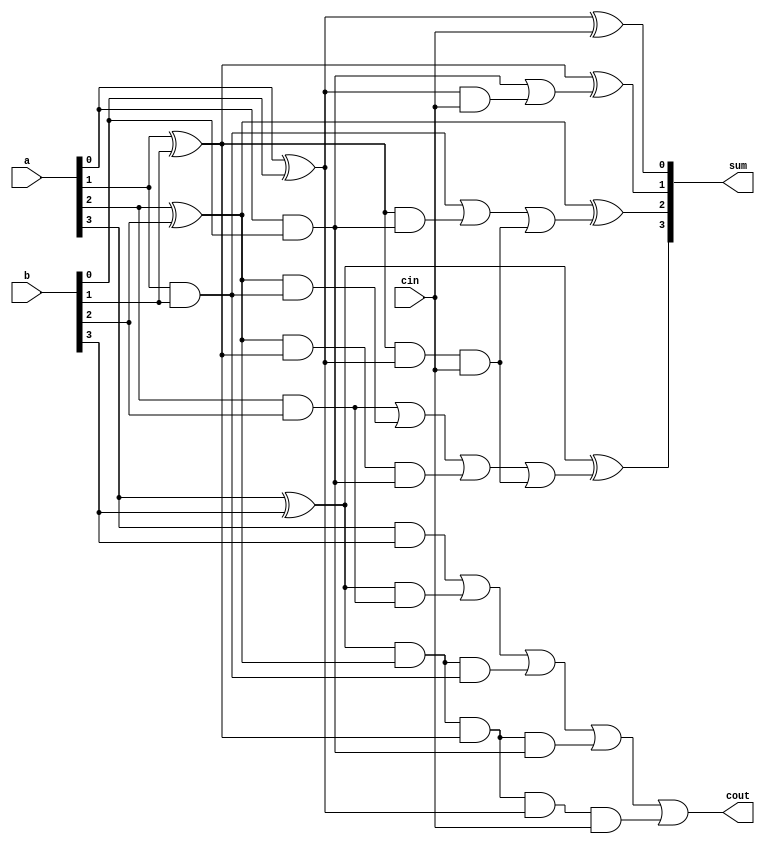
`timescale 1ns / 1ps
//////////////////////////////////////////////////////////////////////////////////
// Company: 
// Engineer: 
// 
// Design Name: 
// Module Name:    CLA_4-bit 
// Project Name: 
// Target Devices: 
// Tool versions: 
// Description: 
//
// Dependencies: 
//
// Revision: 
// Revision 0.01 - File Created
// Additional Comments: 
//
//////////////////////////////////////////////////////////////////////////////////
module CLA_Adder(a,b,cin,sum,cout);
	input[3:0] a,b;
	input cin;
	output [3:0] sum;
	output cout;
	wire p0,p1,p2,p3,g0,g1,g2,g3,c1,c2,c3,c4;
	assign p0=(a[0]^b[0]),
			 p1=(a[1]^b[1]),
			 p2=(a[2]^b[2]),
			 p3=(a[3]^b[3]);
	assign g0=(a[0]&b[0]),
			 g1=(a[1]&b[1]),
			 g2=(a[2]&b[2]),
			 g3=(a[3]&b[3]);
	assign c0=cin,
			 c1=g0|(p0&cin),
			 c2=g1|(p1&g0)|(p1&p0&cin),
			 c3=g2|(p2&g1)|(p2&p1&g0)|(p1&p1&p0&cin),
			 c4=g3|(p3&g2)|(p3&p2&g1)|(p3&p2&p1&g0)|(p3&p2&p1&p0&cin);
	assign sum[0]=p0^c0,
			 sum[1]=p1^c1,
			 sum[2]=p2^c2,
			 sum[3]=p3^c3;
	assign cout=c4;
			 
endmodule